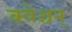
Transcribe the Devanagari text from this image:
क्वेश्चन्‌